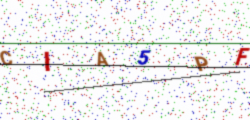
Text: CIA5PF